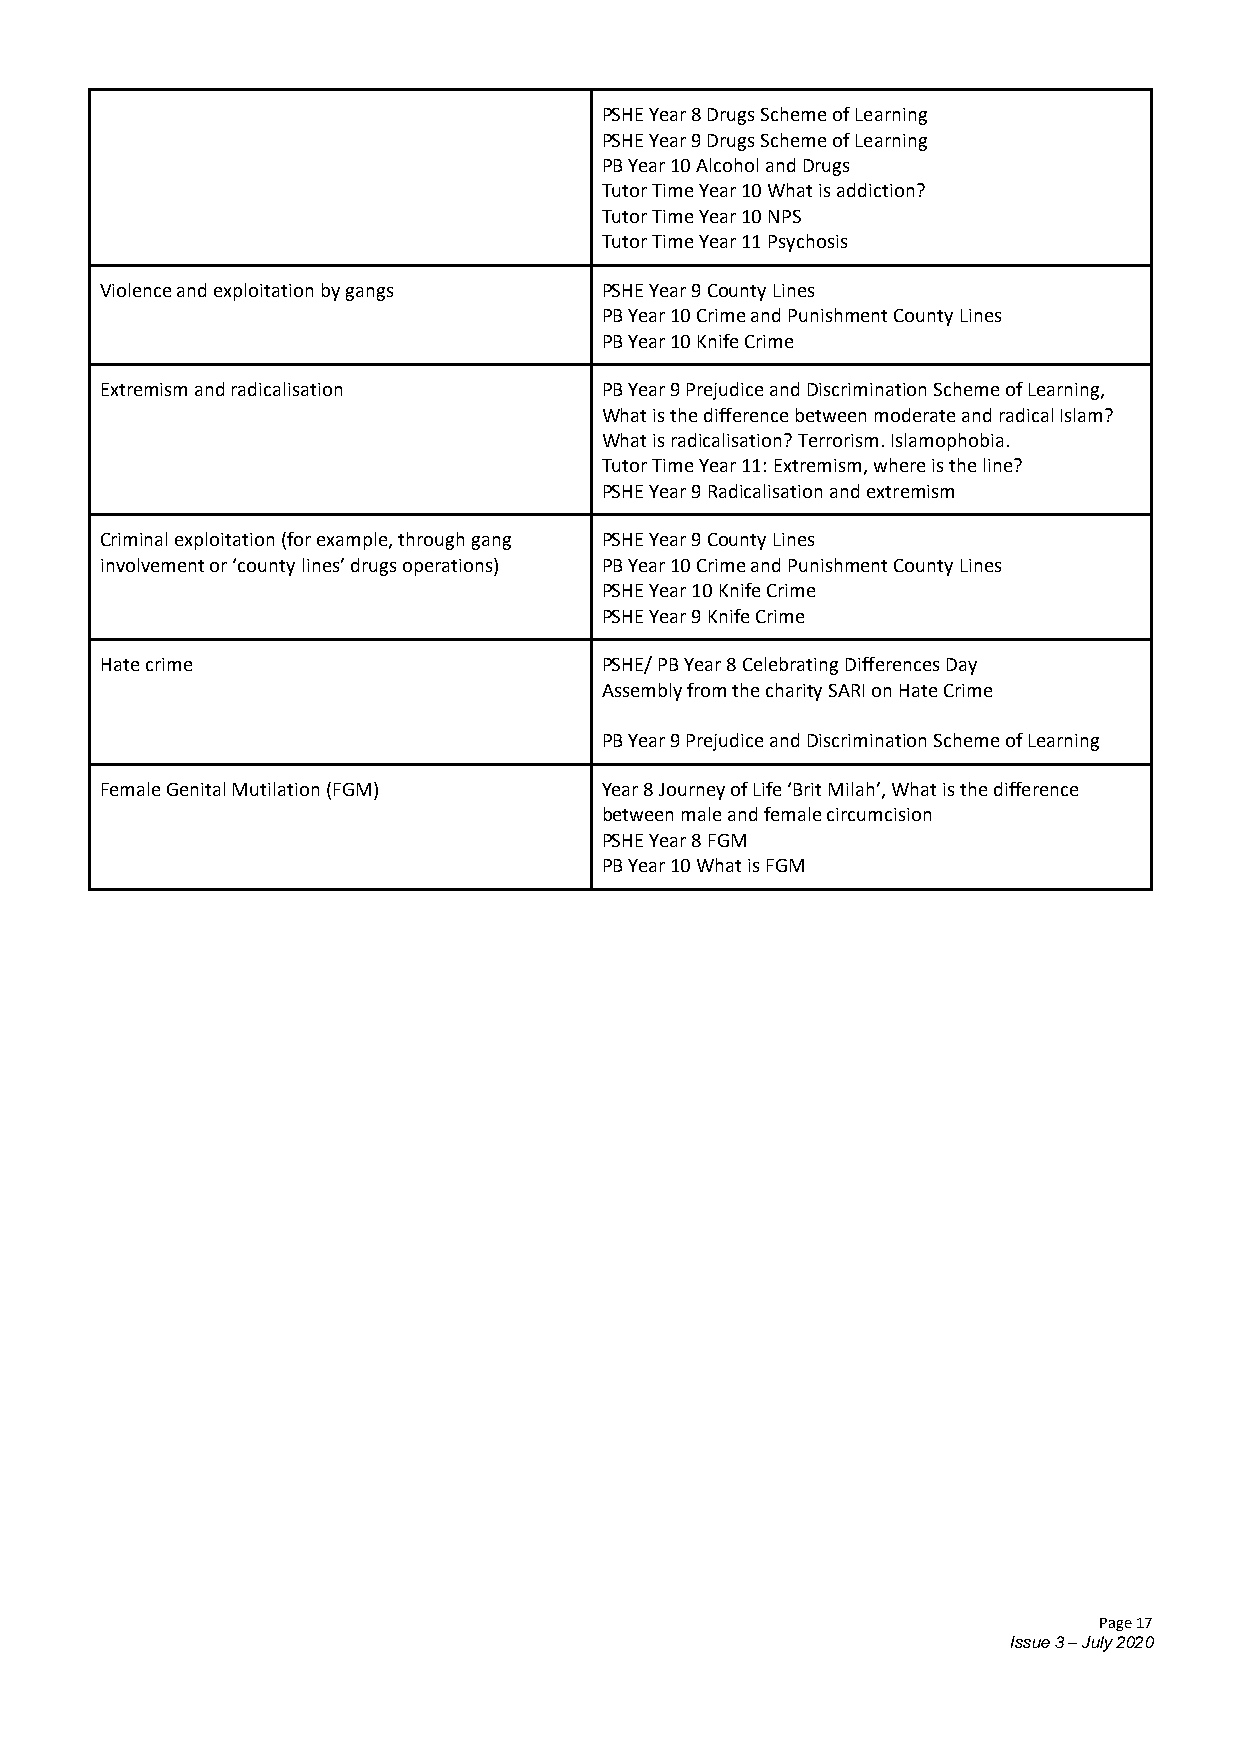
PSHE Year 8 Drugs Scheme of Learning
 PSHE Year 9 Drugs Scheme of Learning
 PB Year 10 Alcohol and Drugs
 Tutor Time Year 10 What is addiction?
 Tutor Time Year 10 NPS
 Tutor Time Year 11 Psychosis
 Violence and exploitation by gangs PSHE Year 9 County Lines
 PB Year 10 Crime and Punishment County Lines
 PB Year 10 Knife Crime
 Extremism and radicalisation     PB Year 9 Prejudice and Discrimination Scheme of Learning,
 What is the difference between moderate and radical Islam?
 What is radicalisation? Terrorism. Islamophobia.
 Tutor Time Year 11: Extremism, where is the line?
 PSHE Year 9 Radicalisation and extremism
 Criminal exploitation (for example, through gang PSHE Year 9 County Lines
 involvement or ‘county lines’ drugs operations) PB Year 10 Crime and Punishment County Lines
 PSHE Year 10 Knife Crime
 PSHE Year 9 Knife Crime
 Hate crime                       PSHE/ PB Year 8 Celebrating Differences Day
 Assembly from the charity SARI on Hate Crime
 PB Year 9 Prejudice and Discrimination Scheme of Learning
 Female Genital Mutilation (FGM)  Year 8 Journey of Life ‘Brit Milah’, What is the difference
 between male and female circumcision
 PSHE Year 8 FGM
 PB Year 10 What is FGM
 Page 17
 Issue 3 – July 2020